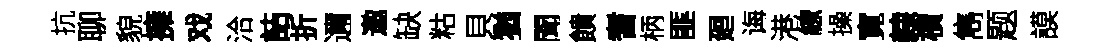
抗聊貌擁戏洽詰折邇邀缺䊀貝猶聞饋耆柄匪廻诲港繚操寛隸檟雋题謨